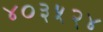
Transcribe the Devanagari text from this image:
४०३५२४